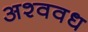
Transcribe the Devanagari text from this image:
अश्ववध